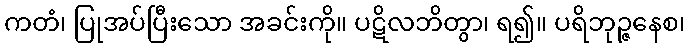
ကတံ၊ ပြုအပ်ပြီးသော အခင်းကို။ ပဋိလဘိတွာ၊ ရ၍။ ပရိဘုဉ္ဇနေစ၊